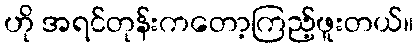
ဟို အရင်တုန်းကတော့ကြည့်ဖူးတယ်။